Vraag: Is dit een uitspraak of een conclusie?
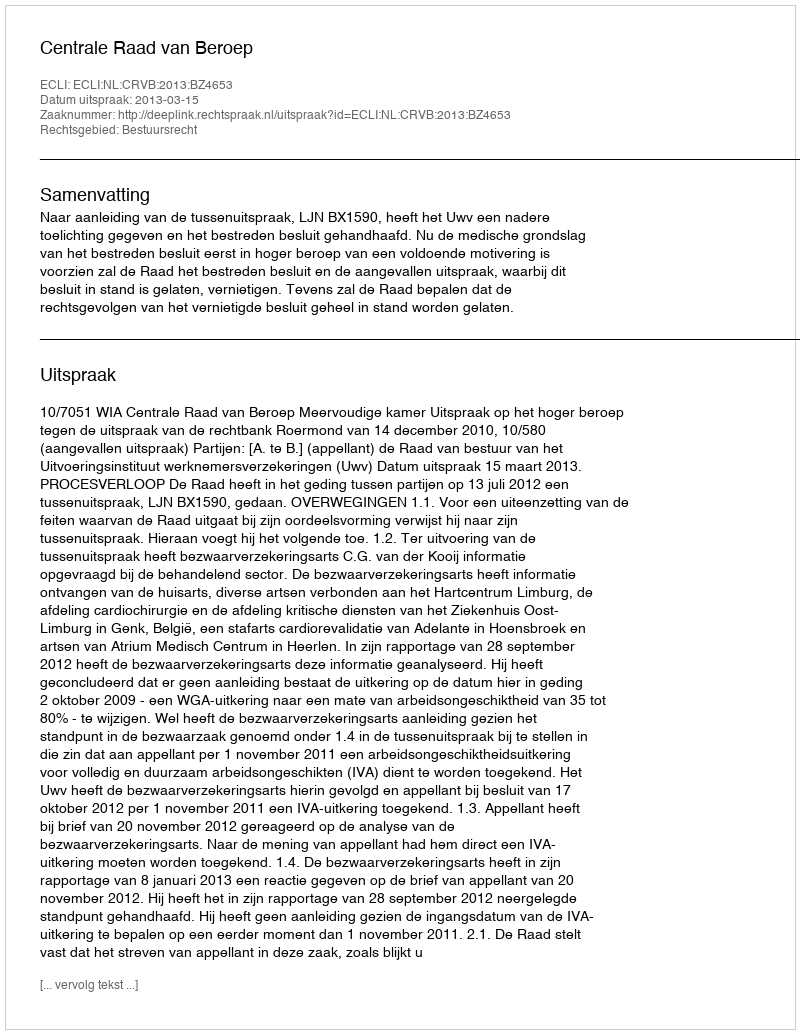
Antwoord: Uitspraak